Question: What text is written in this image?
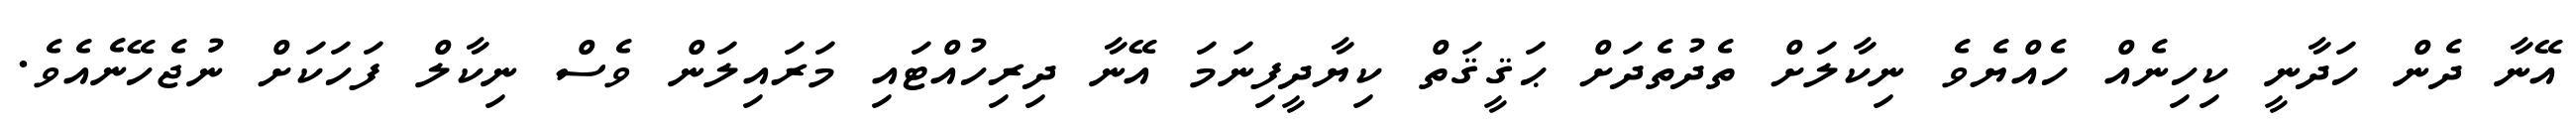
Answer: އޭނާ ދެން ހަދާނީ ކިހިނެއް ހެއްޔެވެ ނިކާލަށް ތެދުތެދަށް ޙަޤީޤަތް ކިޔާދީފިނަމަ އޭނާ ދިރިހުއްޓައި މަރައިލަން ވެސް ނިކާލް ފަހަކަށް ނުޖެހޭނެއެވެ.